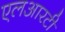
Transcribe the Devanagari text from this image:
एलआरटी